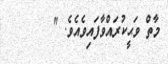
މާތް ވަޙީކުރައްވާފައިވެއެވެ. "